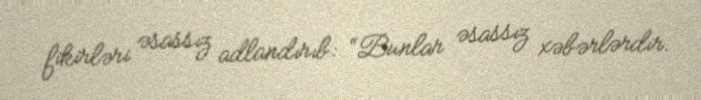
fikirləri əsassız adlandırıb: “Bunlar əsassız xəbərlərdir.